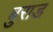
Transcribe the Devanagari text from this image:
बुराड